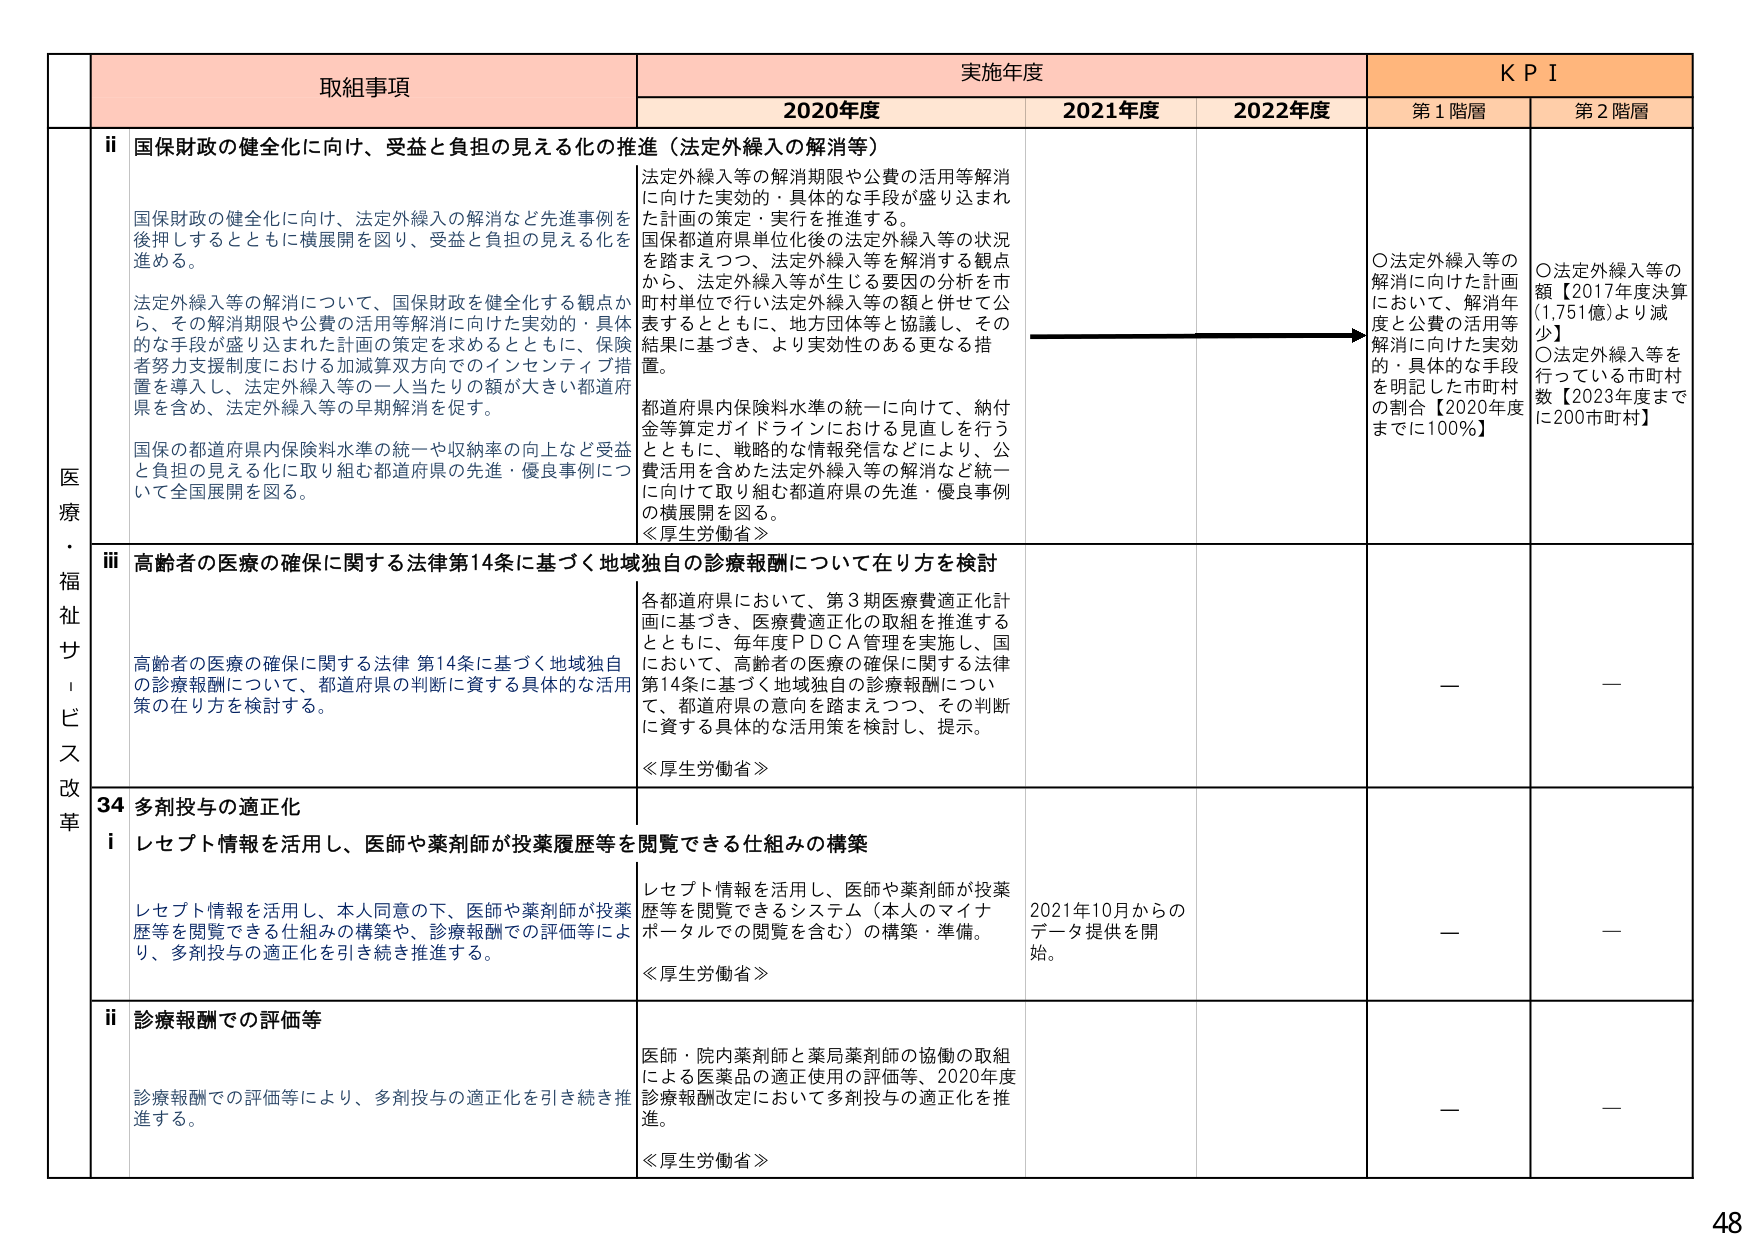
取組事項
実施年度
K P I
2020年度
2021年度
2022年度
第1階層
第2階層
医療・福祉サービス改革
ii 国保財政の健全化に向け、受益と負担の見える化の推進（法定外繰入の解消等）
国保財政の健全化に向け、法定外繰入の解消など先進事例を後押しするとともに横展開を図り、受益と負担の見える化を進める。
法定外繰入等の解消について、国保財政を健全化する観点から、その解消期限や公費の活用等解消に向けた実効的・具体的な手段が盛り込まれた計画の策定を求めるとともに、保険者努力支援制度における加減算双方向でのインセンティブ措置を導入し、法定外繰入等の一人当たりの額が大きい都道府県を含め、法定外繰入等の早期解消を促す。
国保の都道府県内保険料水準の統一や収納率の向上など受益と負担の見える化に取り組む都道府県の先進・優良事例について全国展開を図る。
法定外繰入等の解消期限や公費の活用等解消に向けた実効的・具体的な手段が盛り込まれた計画の策定・実行を推進する。
国保都道府県単位化後の法定外繰入等の状況を踏まえつつ、法定外繰入等を解消する観点から、法定外繰入等が生じる要因の分析を市町村単位で行い法定外繰入等の額と併せて公表するとともに、地方団体等と協議し、その結果に基づき、より実効性のある更なる措置。
都道府県内保険料水準の統一に向けて、納付金等算定ガイドラインにおける見直しを行うとともに、戦略的な情報発信などにより、公費活用を含めた法定外繰入等の解消など統一に向けて取り組む都道府県の先進・優良事例の横展開を図る。
≪厚生労働省≫
○法定外繰入等の解消に向けた計画において、解消年度と公費の活用等解消に向けた実効的・具体的な手段を明記した市町村の割合【2020年度までに100％】
○法定外繰入等の額【2017年度決算（1,751億）より減少】
○法定外繰入等を行っている市町村数【2023年度までに200市町村】
iii 高齢者の医療の確保に関する法律第14条に基づく地域独自の診療報酬について在り方を検討
高齢者の医療の確保に関する法律 第14条に基づく地域独自の診療報酬について、都道府県の判断に資する具体的な活用策の在り方を検討する。
各都道府県において、第3期医療費適正化計画に基づき、医療費適正化の取組を推進するとともに、毎年度ＰＤＣＡ管理を実施し、国において、高齢者の医療の確保に関する法律第14条に基づく地域独自の診療報酬について、都道府県の意向を踏まえつつ、その判断に資する具体的な活用策を検討し、提示。
≪厚生労働省≫
—
—
34 多剤投与の適正化
i レセプト情報を活用し、医師や薬剤師が投薬履歴等を閲覧できる仕組みの構築
レセプト情報を活用し、本人同意の下、医師や薬剤師が投薬歴等を閲覧できる仕組みの構築や、診療報酬での評価等により、多剤投与の適正化を引き続き推進する。
レセプト情報を活用し、医師や薬剤師が投薬歴等を閲覧できるシステム（本人のマイナポータルでの閲覧を含む）の構築・準備。
≪厚生労働省≫
2021年10月からのデータ提供を開始。
—
—
ii 診療報酬での評価等
診療報酬での評価等により、多剤投与の適正化を引き続き推進する。
医師・院内薬剤師と薬局薬剤師の協働の取組による医薬品の適正使用の評価等、2020年度診療報酬改定において多剤投与の適正化を推進。
≪厚生労働省≫
—
—
48